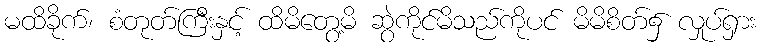
မထိခိုက်၊ စံတုတ်ကြီးနှင့် ထိမိတွေ့မိ ဆွဲကိုင်မိသည်ကိုပင် မိမိစိတ်၌ လှုပ်ရှား